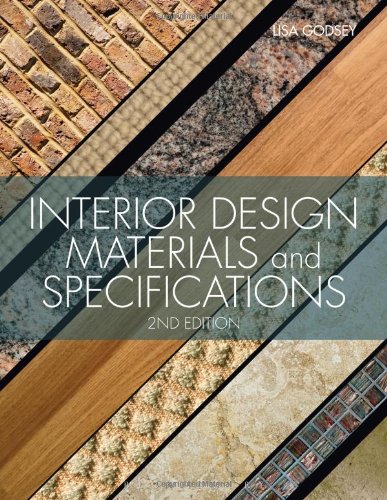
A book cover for Interior Design Materials and Specifications; Lisa Godsey; Arts & Photography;